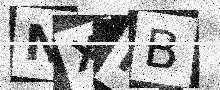
Text: NXPB